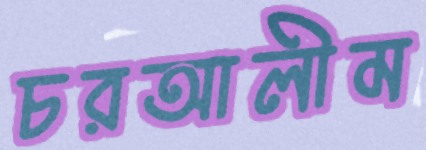
চরআলীম